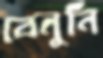
বেনুনি